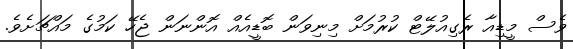
ވެސް މީޑިއާ ރެގިއުލޭޓް ކުރުމަށް މިނިވަން ބޮޑީއެއް އޮންނަން ޖެހޭ ކަމުގެ މައްޗަށެވެ.